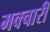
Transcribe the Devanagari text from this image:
मक्चारी